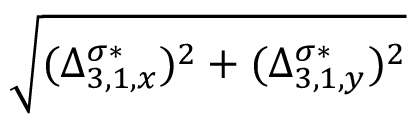
\sqrt { ( \Delta _ { 3 , 1 , x } ^ { \sigma * } ) ^ { 2 } + ( \Delta _ { 3 , 1 , y } ^ { \sigma * } ) ^ { 2 } }